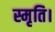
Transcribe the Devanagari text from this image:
स्मृति।